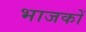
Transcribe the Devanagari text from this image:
भाजकों